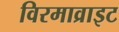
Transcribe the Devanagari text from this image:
विरमाव्राइट